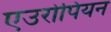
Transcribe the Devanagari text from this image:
एउरोपियन